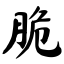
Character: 脆